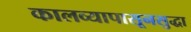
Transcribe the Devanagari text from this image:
कालव्यापासूनसुद्धा